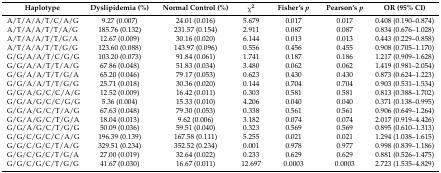
<table><thead><tr><td><b>Haplotype</b></td><td><b>Dyslipidemia (%)</b></td><td><b>Normal Control (%)</b></td><td><b>χ<sup>2</sup></b></td><td><b>Fisher’s <i>p</i></b></td><td><b>Pearson’s <i>p</i></b></td><td><b>OR (95% CI)</b></td></tr></thead><tbody><tr><td>A/T/A/A/T/C/A/G</td><td>9.27 (0.007)</td><td>24.01 (0.016)</td><td>5.679</td><td>0.017</td><td>0.017</td><td>0.408 (0.190–0.874)</td></tr><tr><td>A/T/A/A/T/T/A/G</td><td>185.76 (0.132)</td><td>231.57 (0.154)</td><td>2.911</td><td>0.087</td><td>0.087</td><td>0.834 (0.676–1.028)</td></tr><tr><td>A/T/A/A/T/T/G/A</td><td>12.67 (0.009)</td><td>30.16 (0.020)</td><td>6.144</td><td>0.013</td><td>0.013</td><td>0.443 (0.229–0.858)</td></tr><tr><td>A/T/A/A/T/T/G/G</td><td>123.60 (0.088)</td><td>143.97 (0.096)</td><td>0.556</td><td>0.456</td><td>0.455</td><td>0.908 (0.705–1.170)</td></tr><tr><td>G/G/A/A/T/C/G/G</td><td>103.20 (0.073)</td><td>91.84 (0.061)</td><td>1.741</td><td>0.187</td><td>0.186</td><td>1.217 (0.909–1.628)</td></tr><tr><td>G/G/A/A/T/T/A/G</td><td>67.86 (0.048)</td><td>51.83 (0.034)</td><td>3.480</td><td>0.062</td><td>0.062</td><td>1.419 (0.981–2.054)</td></tr><tr><td>G/G/A/A/T/T/G/A</td><td>65.20 (0.046)</td><td>79.17 (0.053)</td><td>0.623</td><td>0.430</td><td>0.430</td><td>0.873 (0.624–1.223)</td></tr><tr><td>G/G/A/A/T/T/G/G</td><td>25.71 (0.018)</td><td>30.36 (0.020)</td><td>0.144</td><td>0.704</td><td>0.704</td><td>0.903 (0.531–1.534)</td></tr><tr><td>G/G/A/G/C/C/A/G</td><td>12.52 (0.009)</td><td>16.42 (0.011)</td><td>0.303</td><td>0.581</td><td>0.581</td><td>0.813 (0.388–1.702)</td></tr><tr><td>G/G/A/G/C/C/G/G</td><td>5.36 (0.004)</td><td>15.33 (0.010)</td><td>4.206</td><td>0.040</td><td>0.040</td><td>0.371 (0.138–0.995)</td></tr><tr><td>G/G/A/G/C/T/A/G</td><td>67.63 (0.048)</td><td>79.30 (0.053)</td><td>0.338</td><td>0.561</td><td>0.561</td><td>0.906 (0.649–1.264)</td></tr><tr><td>G/G/A/G/C/T/G/A</td><td>18.04 (0.013)</td><td>9.62 (0.006)</td><td>3.182</td><td>0.074</td><td>0.074</td><td>2.017 (0.919–4.426)</td></tr><tr><td>G/G/A/G/C/T/G/G</td><td>50.09 (0.036)</td><td>59.51 (0.040)</td><td>0.323</td><td>0.569</td><td>0.569</td><td>0.895 (0.610–1.313)</td></tr><tr><td>G/G/C/G/C/C/A/G</td><td>196.39 (0.139)</td><td>167.58 (0.111)</td><td>5.255</td><td>0.021</td><td>0.021</td><td>1.294 (1.038–1.615)</td></tr><tr><td>G/G/C/G/C/T/A/G</td><td>329.51 (0.234)</td><td>352.52 (0.234)</td><td>0.001</td><td>0.978</td><td>0.977</td><td>0.998 (0.839–1.186)</td></tr><tr><td>G/G/C/G/C/T/G/A</td><td>27.00 (0.019)</td><td>32.64 (0.022)</td><td>0.233</td><td>0.629</td><td>0.629</td><td>0.881 (0.526–1.475)</td></tr><tr><td>G/G/C/G/C/T/G/G</td><td>41.67 (0.030)</td><td>16.67 (0.011)</td><td>12.697</td><td>0.0003</td><td>0.0003</td><td>2.723 (1.535–4.829)</td></tr></tbody></table>